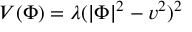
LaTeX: V ( \Phi ) = \lambda ( | \Phi | ^ { 2 } - v ^ { 2 } ) ^ { 2 }